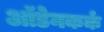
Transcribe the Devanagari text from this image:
ऑडेनकर्क